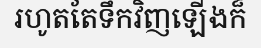
រហូតតែទឹកវិញឡើងក៏